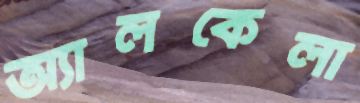
অ্যালকেলা